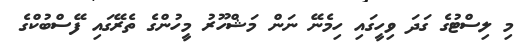
މި ލިސްޓުގެ ގަދަ ވިހީގައި ހިމެނޭ ނަން މަޝްހޫރު މީހުންގެ ތެރޭގައި ފޭސްބުކްގެ